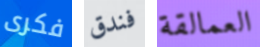
فكرى فندق العمالقة